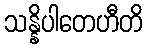
သန္နိပါတေဟီတိ